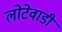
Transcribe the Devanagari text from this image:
लोटेवाडी